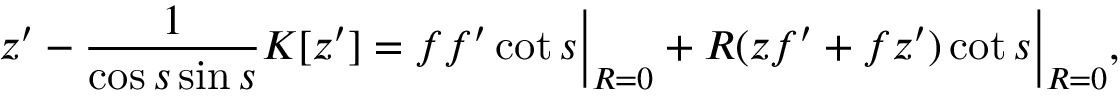
z ^ { \prime } - \frac { 1 } { \cos s \sin s } K [ z ^ { \prime } ] = \Bigl . f f ^ { \prime } \cot s \Bigr | _ { R = 0 } + \Bigl . R ( z f ^ { \prime } + f z ^ { \prime } ) \cot s \Bigr | _ { R = 0 } ,